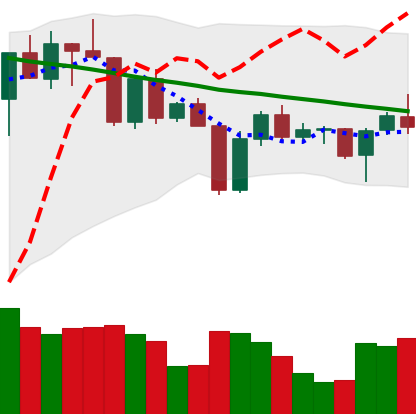
Ticker: BNB-USD
Chart end date: 2022-04-20
Forward return: -3.347%
Label: down_3_5